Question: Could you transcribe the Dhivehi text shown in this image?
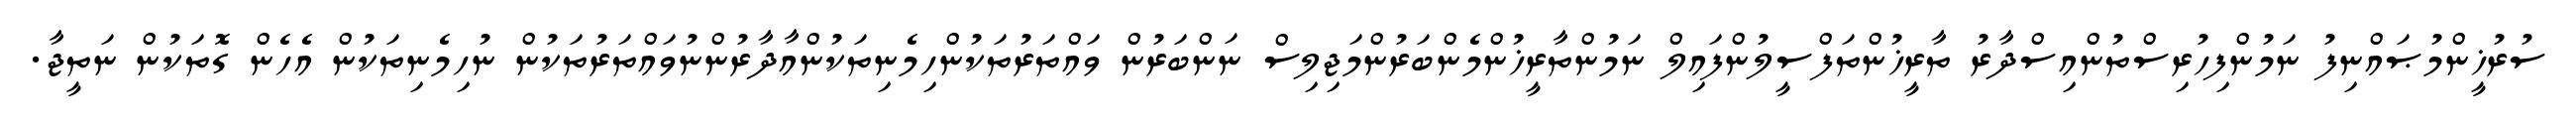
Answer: ސުރުޚީންމުޞައްނިފު ނަމުންފިހުރިސްތުންއިސްދާރު ތާރީޚުންތަފްސީލުންފައިލް ނަމުންތާރީޚުންމެންބަރުންމަޖިލިސް ނަންބަރުން ވައްތަރުތަކުންހިމެނިތަކުންއާދާރުންނުވައްތަރުތަކުން ނުހިމެނިތަކުން އެހެން ގޮތަކުން ނަތީޖާ.